Specificity of antivenomous sera (second communication) - Number 10
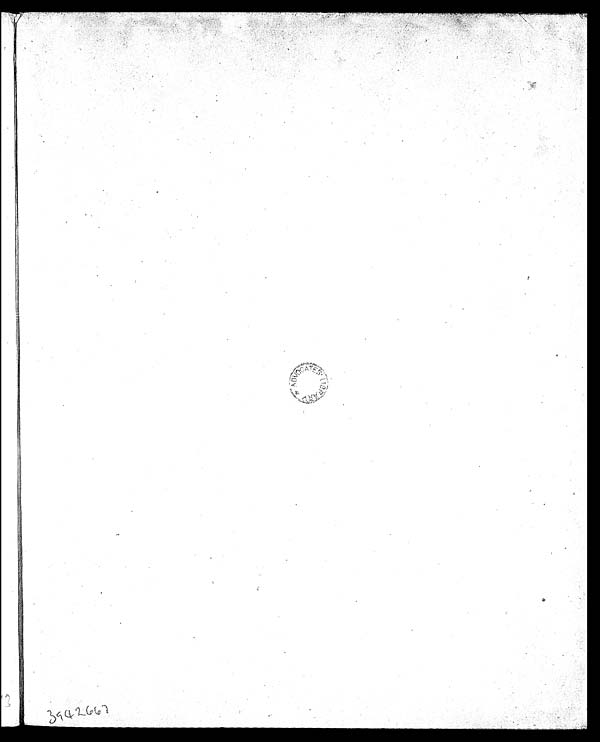
* ADVOCATES. LI BRARY